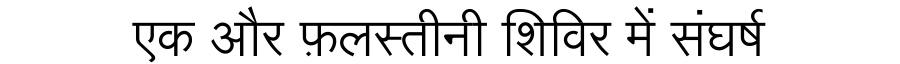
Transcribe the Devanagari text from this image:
एक और फ़लस्तीनी शिविर में संघर्ष